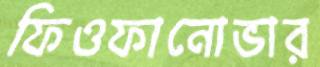
ফিওফানোভার